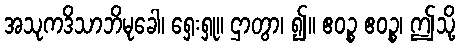
အသုကဒိသာဘိမုခေါ၊ ရှေးရှု။ ဌာတွာ၊ ၍။ ဧဝဉ္စ ဧဝဉ္စ၊ ဤသို့